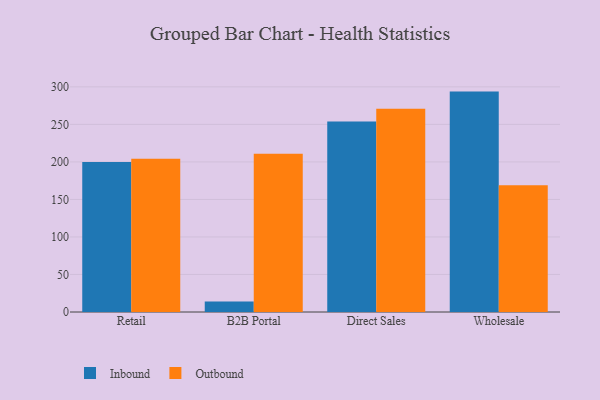
{"axis": {"x": "Channel", "y": "Production Output"}, "legend": ["Inbound", "Outbound"], "data": [{"x": "Retail", "y": 199.9, "type": "Inbound"}, {"x": "Retail", "y": 204.1, "type": "Outbound"}, {"x": "B2B Portal", "y": 14.0, "type": "Inbound"}, {"x": "B2B Portal", "y": 210.9, "type": "Outbound"}, {"x": "Direct Sales", "y": 253.7, "type": "Inbound"}, {"x": "Direct Sales", "y": 271.0, "type": "Outbound"}, {"x": "Wholesale", "y": 293.7, "type": "Inbound"}, {"x": "Wholesale", "y": 168.9, "type": "Outbound"}]}